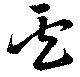
盧